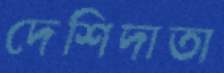
দেশিদাতা